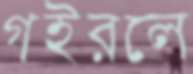
গইরলে